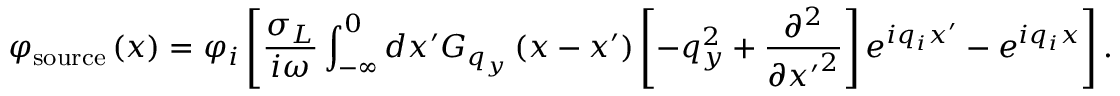
{ { \varphi } _ { \mathrm { s o u r c e } } } \left( x \right) = { { \varphi } _ { i } } \left[ \frac { { { \sigma } _ { L } } } { i \omega } \int _ { - \infty } ^ { 0 } { d { x } ^ { \prime } { { G } _ { { { q } _ { y } } } } \left( x - { x } ^ { \prime } \right) \left[ - q _ { y } ^ { 2 } + \frac { { { \partial } ^ { 2 } } } { \partial { { { { x } ^ { \prime } } } ^ { 2 } } } \right] { { e } ^ { i { { q } _ { i } } { x } ^ { \prime } } } } - { { e } ^ { i { { q } _ { i } } x } } \right] .